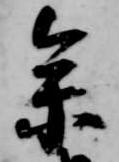
参